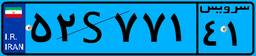
۰۴S۶۱۵۰۹